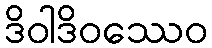
ဒိဝါဒိဝဿေဝ